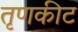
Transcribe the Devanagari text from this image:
तृणकीट